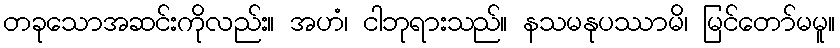
တခုသောအဆင်းကိုလည်း။ အဟံ၊ ငါဘုရားသည်။ နသမနုပဿာမိ၊ မြင်တော်မမူ။